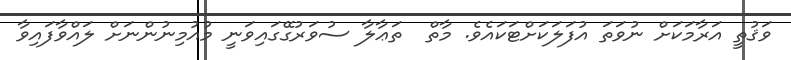
ވަޤުތީ އަރާމަކަށް ނުވަތަ އުފަލަކަށްޓަކައެވެ. މާތް  ތަޢާލާ ސުވަރުގޭގައިވަނީ މުއުމިނުންނަށް ލައްވާފައިވާ